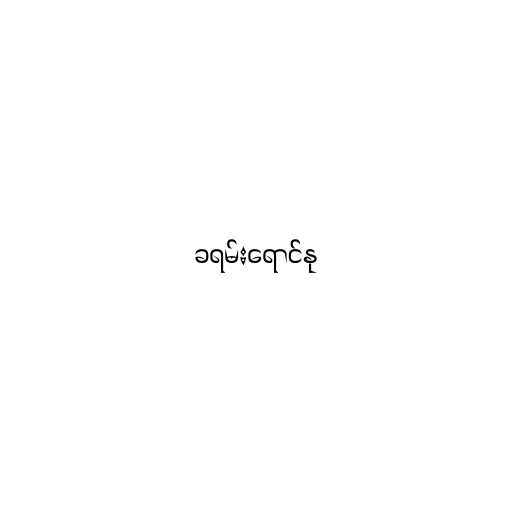
ခရမ်းရောင်နု